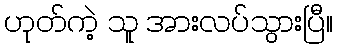
ဟုတ်ကဲ့ သူ အားလပ်သွားပြီ။